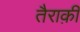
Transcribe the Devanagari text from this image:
तैराक़ी